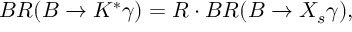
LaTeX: B R ( B \to K ^ { * } \gamma ) = R \cdot B R ( B \to X _ { s } \gamma ) ,